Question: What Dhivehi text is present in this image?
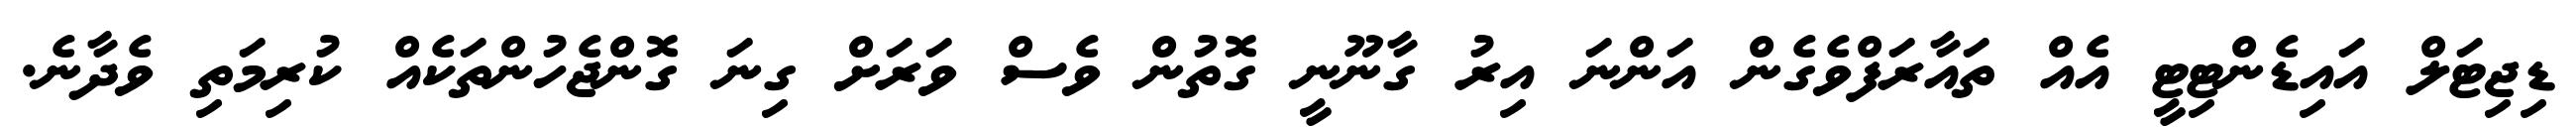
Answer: ޑިޖިޓަލް އައިޑެންޓިޓީ އެއް ތައާރަފްވެގެން އަންނަ އިރު ގާނޫނީ ގޮތުން ވެސް ވަރަށް ގިނަ ގޮންޖެހުންތަކެއް ކުރިމަތި ވެދާނެ.